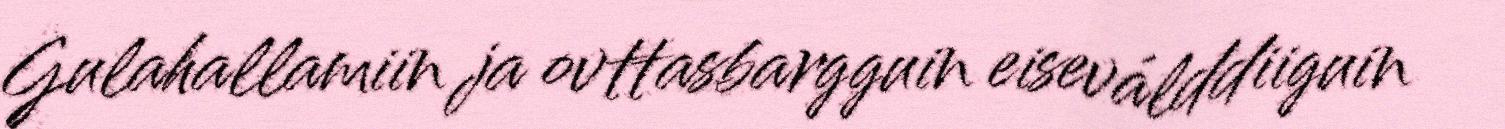
Gulahallamiin ja ovttasbargguin eiseválddiiguin